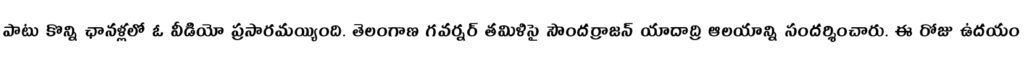
పాటు కొన్ని ఛానళ్లలో ఓ వీడియో ప్రసారమయ్యింది. తెలంగాణ గవర్నర్ తమిళిసై సౌందర్రాజన్ యాదాద్రి ఆలయాన్ని సందర్శించారు. ఈ రోజు ఉదయం